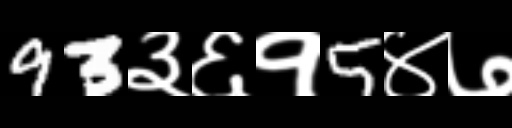
Text: 93३६१5४७